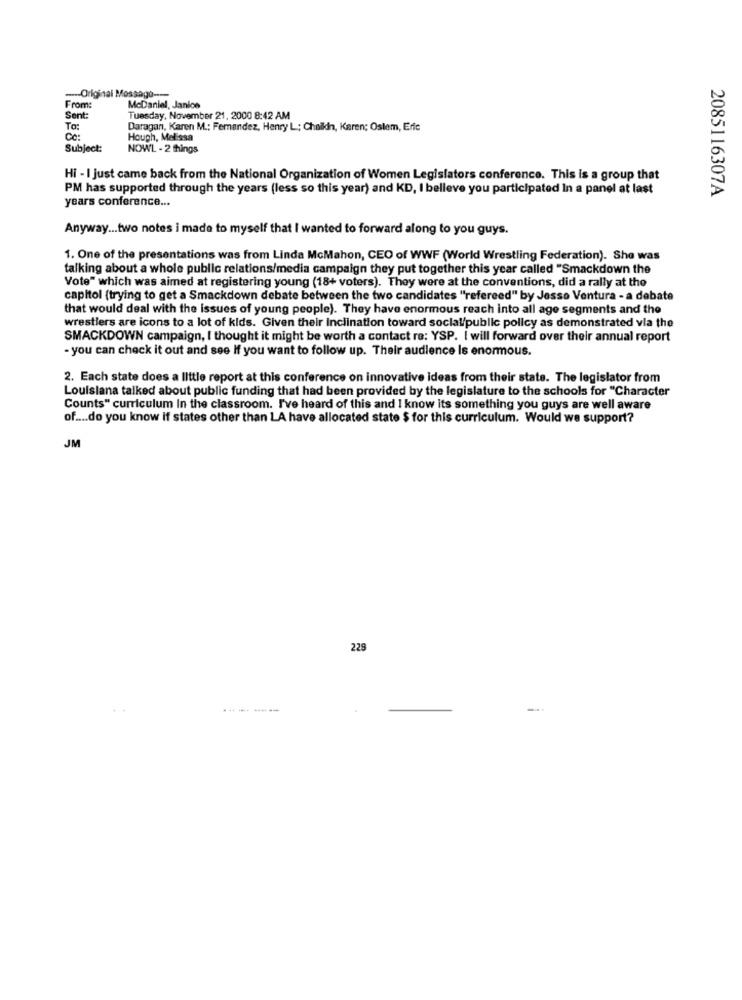
--- Original Mossago ----
From:
McDaniel, Janice
Sent:
Tuesday, November 21, 2000 8:42 AM
To:
Daragan, Karen M .: Femendez, Henry L; Challdn, Karen; Ostem, Eric
Ce :
Hough, Melissa
Subject:
NOWL - 2 things
Hi - I Just came back from the National Organization of Women Legislators conference. This is a group that
PM has supported through the years (less so this year) and KD, I believe you participated In a panel at last
2085116307A
years conference ...
Anyway ... two notes i made to myself that I wanted to forward along to you guys.
1. One of the presentations was from Linda McMahon, CEO of WWF (World Wrestling Federation). She was
talking about a whole public relations/media campaign they put together this year called "Smackdown the
Vote" which was aimed at registering young (18+ voters). They were at the conventions, did a rally at the
capitol (trying to get a Smackdown debate between the two candidates "refereed" by Jesse Ventura - a debate
that would deal with the issues of young people). They have enormous reach into all age segments and the
wrestlers are icons to a lot of kids. Given their Inclination toward social/public policy as demonstrated via the
SMACKDOWN campaign, I thought it might be worth a contact re: YSP. I will forward over their annual report
- you can check it out and see If you want to follow up. Their audience Is enormous.
2. Each state does a little report at this conference on innovative ideas from their state. The legislator from
Louisiana talked about public funding that had been provided by the legislature to the schools for "Character
Counts" curriculum In the classroom. I've heard of this and I know its something you guys are well aware
of .... do you know if states other than LA have allocated state $ for this curriculum. Would we support?
JM
229
--- --